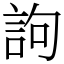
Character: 訽